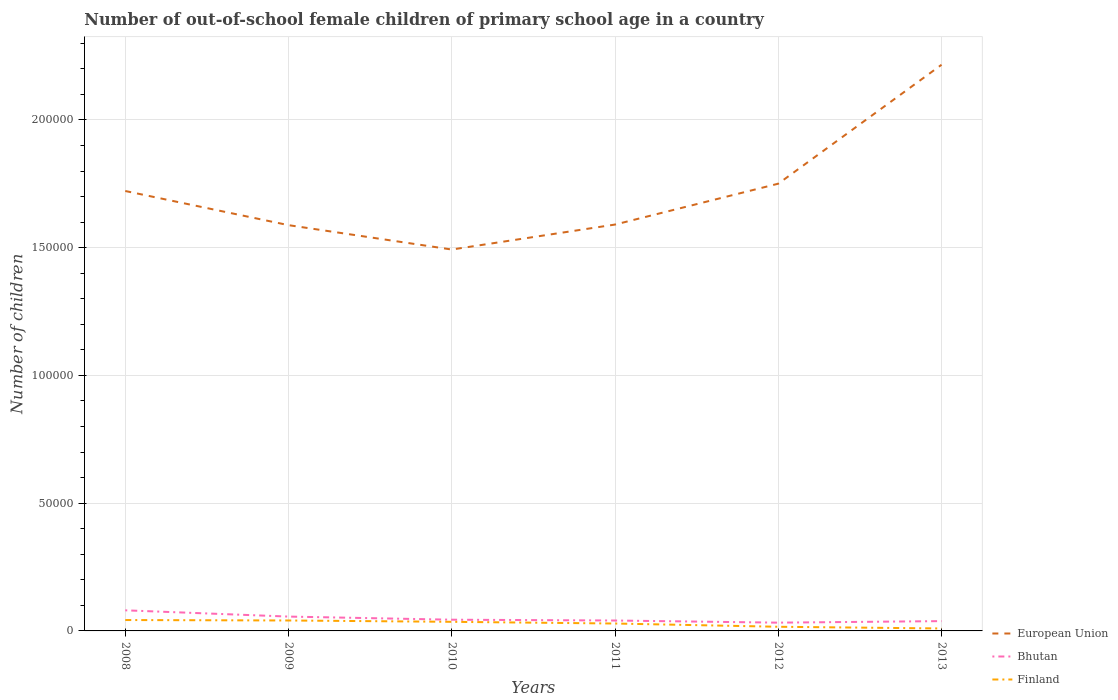
| Years | European Union | Bhutan | Finland |
 | --- | --- | --- | --- |
 | 2008 | 1.72e+05 | 8.07e+03 | 4.26e+03 |
 | 2009 | 1.59e+05 | 5.61e+03 | 4.08e+03 |
 | 2010 | 1.49e+05 | 4.39e+03 | 3.56e+03 |
 | 2011 | 1.59e+05 | 4.07e+03 | 2.9e+03 |
 | 2012 | 1.75e+05 | 3.24e+03 | 1.63e+03 |
 | 2013 | 2.22e+05 | 3.84e+03 | 958 |